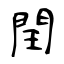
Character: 閏